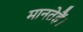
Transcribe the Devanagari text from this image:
मानतेहैं।